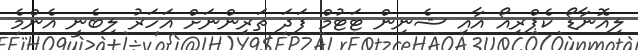
ލިއޮނާޑޯ ކެޕްރިއޯ އާއި ޝެނިން ޓަޓުމް ފަދަ ތަރިންނަށް އަހަރު ލިބެނީ އެންމެ